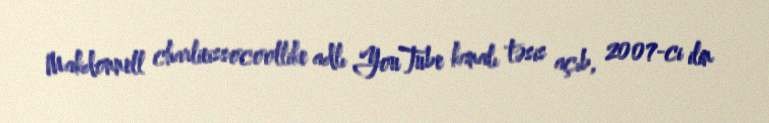
Makdonnell charlieissocoollike adlı YouTube kanalı təsis açıb, 2007-ci ilin